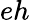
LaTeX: eh